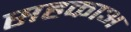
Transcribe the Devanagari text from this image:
सहकाअ